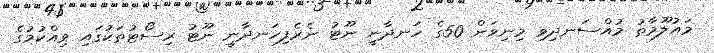
މައުލޫމާތު މުއްސަނދިވި މިނިވަން 50ގެ ހަނދާނީ ނޫޓު ނެރެފިހަނދާނީ ނޫޓު ރިސޯޓުތަކުގައި ވިއްކުމުގެ